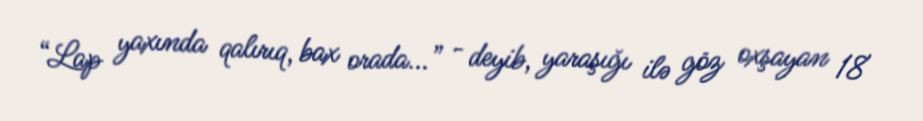
“Lap yaxında qalırıq, bax orada...” - deyib, yaraşığı ilə göz oxşayan 18